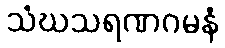
သံဃသရဏဂမနံ